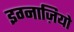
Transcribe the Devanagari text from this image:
इग्नाज़ियो